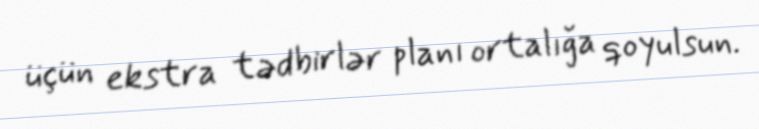
üçün ekstra tədbirlər planı ortalığa qoyulsun.